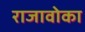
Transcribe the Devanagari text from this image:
राजावोका